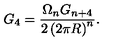
G _ { 4 } = \frac { \Omega _ { n } G _ { n + 4 } } { 2 \left( 2 \pi R \right) ^ { n } } .